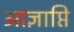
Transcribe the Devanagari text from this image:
आज्ञाप्ति